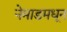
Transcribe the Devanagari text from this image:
नेमाडमधून